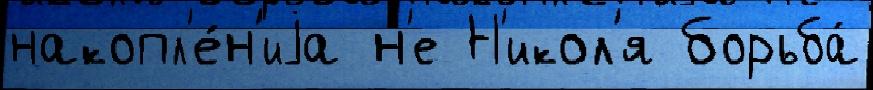
накопл'е́н'иjа н'е Н'икол'я борьба́